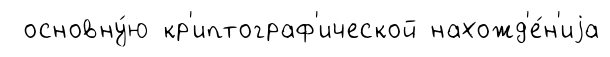
основну́ю кр'иптограф'ической нахожд'е́н'иjа